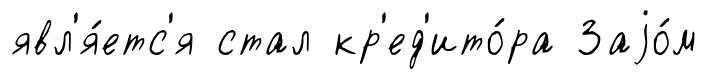
явл'я́етс'я стал кр'ед'ито́ра Заjо́м